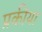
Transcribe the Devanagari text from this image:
प्रकीया